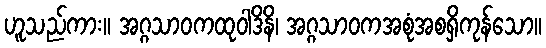
ဟူသည်ကား။ အဂ္ဂသာဝကထုဝါဒိနိ၊ အဂ္ဂသာဝကအစုံအစရှိကုန်သော။